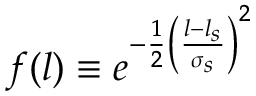
f ( l ) \equiv e ^ { - \frac { 1 } { 2 } \left( \frac { l - l _ { s } } { \sigma _ { s } } \right) ^ { 2 } }